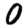
Digit: 0